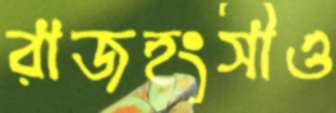
রাজহংসীও